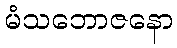
မံသဘောဇနော